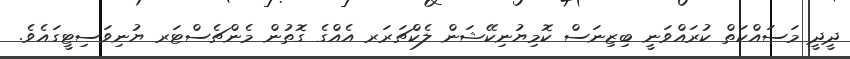
ދީދީ މަސައްކަތް ކުރައްވަނީ ބިޒިނަސް ކޮމިޔުނިކޭޝަން ލެކްޗަރަރ އެއްގެ ގޮތުން މެންޗެސްޓަރ ޔުނިވަސިޓީގައެވެ.